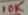
Text: 10K